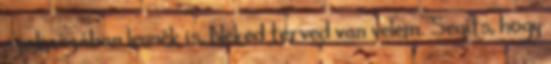
szakaszában lennék is, Neked terved van velem. Segíts, hogy